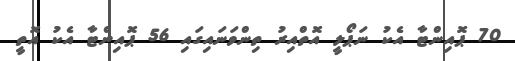
70 ޕޮއިންޓާ އެކު ނަޕޯލީ އޮތްއިރު ތިންވަނައިގައި 56 ޕޮއިންޓާ އެކު އޮތީ